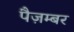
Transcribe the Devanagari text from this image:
पैज़म्बर